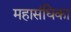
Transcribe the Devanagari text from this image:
महासंघिका